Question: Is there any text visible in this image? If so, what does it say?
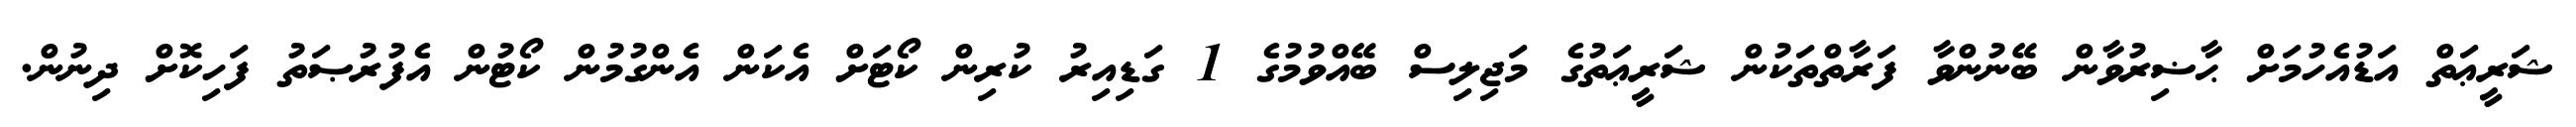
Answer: ޝަރީޢަތް އަޑުއެހުމަށް ޙާޟިރުވާން ބޭނުންވާ ފަރާތްތަކުން ޝަރީޢަތުގެ މަޖިލިސް ބޭއްވުމުގެ 1 ގަޑިއިރު ކުރިން ކޯޓަށް އެކަން އެންގުމުން ކޯޓުން އެފުރުޞަތު ފަހިކޮށް ދިނުން.